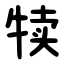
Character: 犊